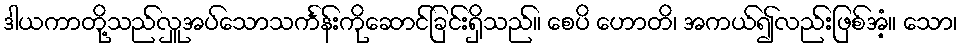
ဒါယကာတို့သည်လှူအပ်သောသင်္ကန်းကိုဆောင်ခြင်းရှိသည်။ စေပိ ဟောတိ၊ အကယ်၍လည်းဖြစ်အံ့။ သော၊